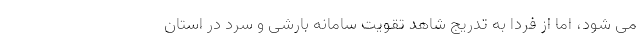
می شود، اما از فردا به تدریج شاهد تقویت سامانه بارشی و سرد در استان